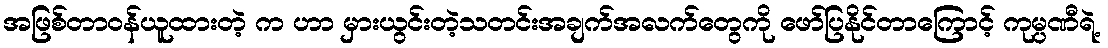
အဖြစ်တာဝန်ယူထားတဲ့ က ဟာ မှားယွင်းတဲ့သတင်းအချက်အလက်တွေကို ဖော်ပြနိုင်တာကြောင့် ကုမ္ပဏီရဲ့